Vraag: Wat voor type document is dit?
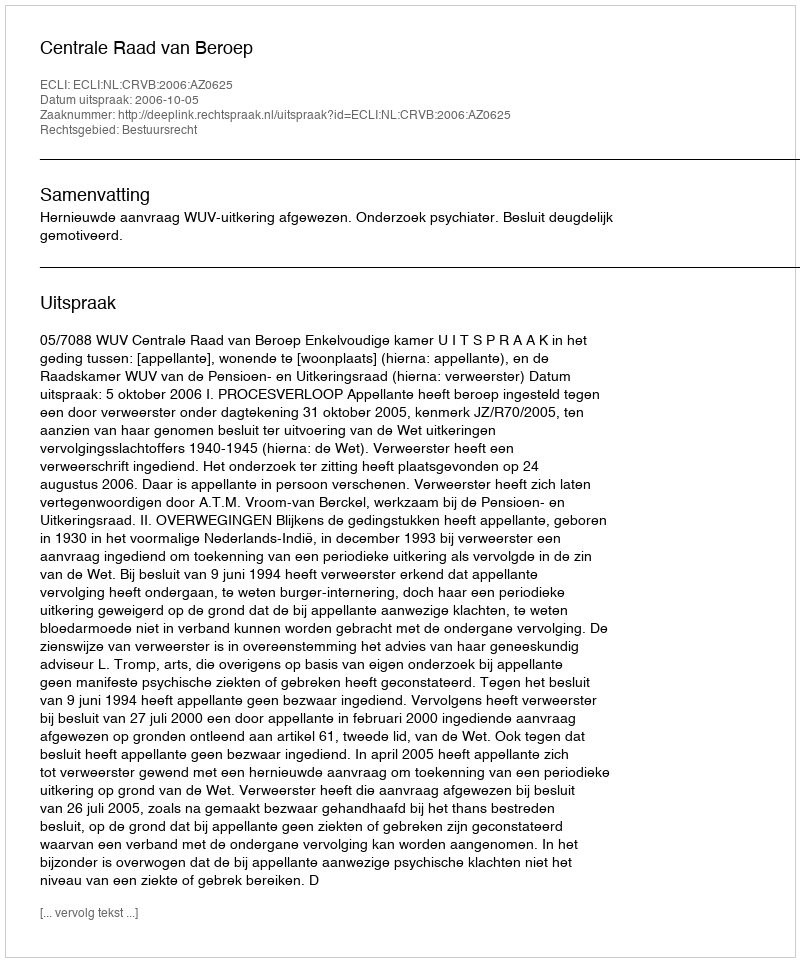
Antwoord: Uitspraak